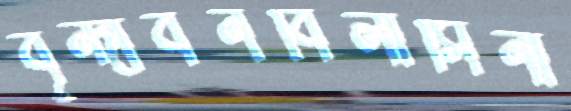
বৃন্দাবনবিলাসিনী